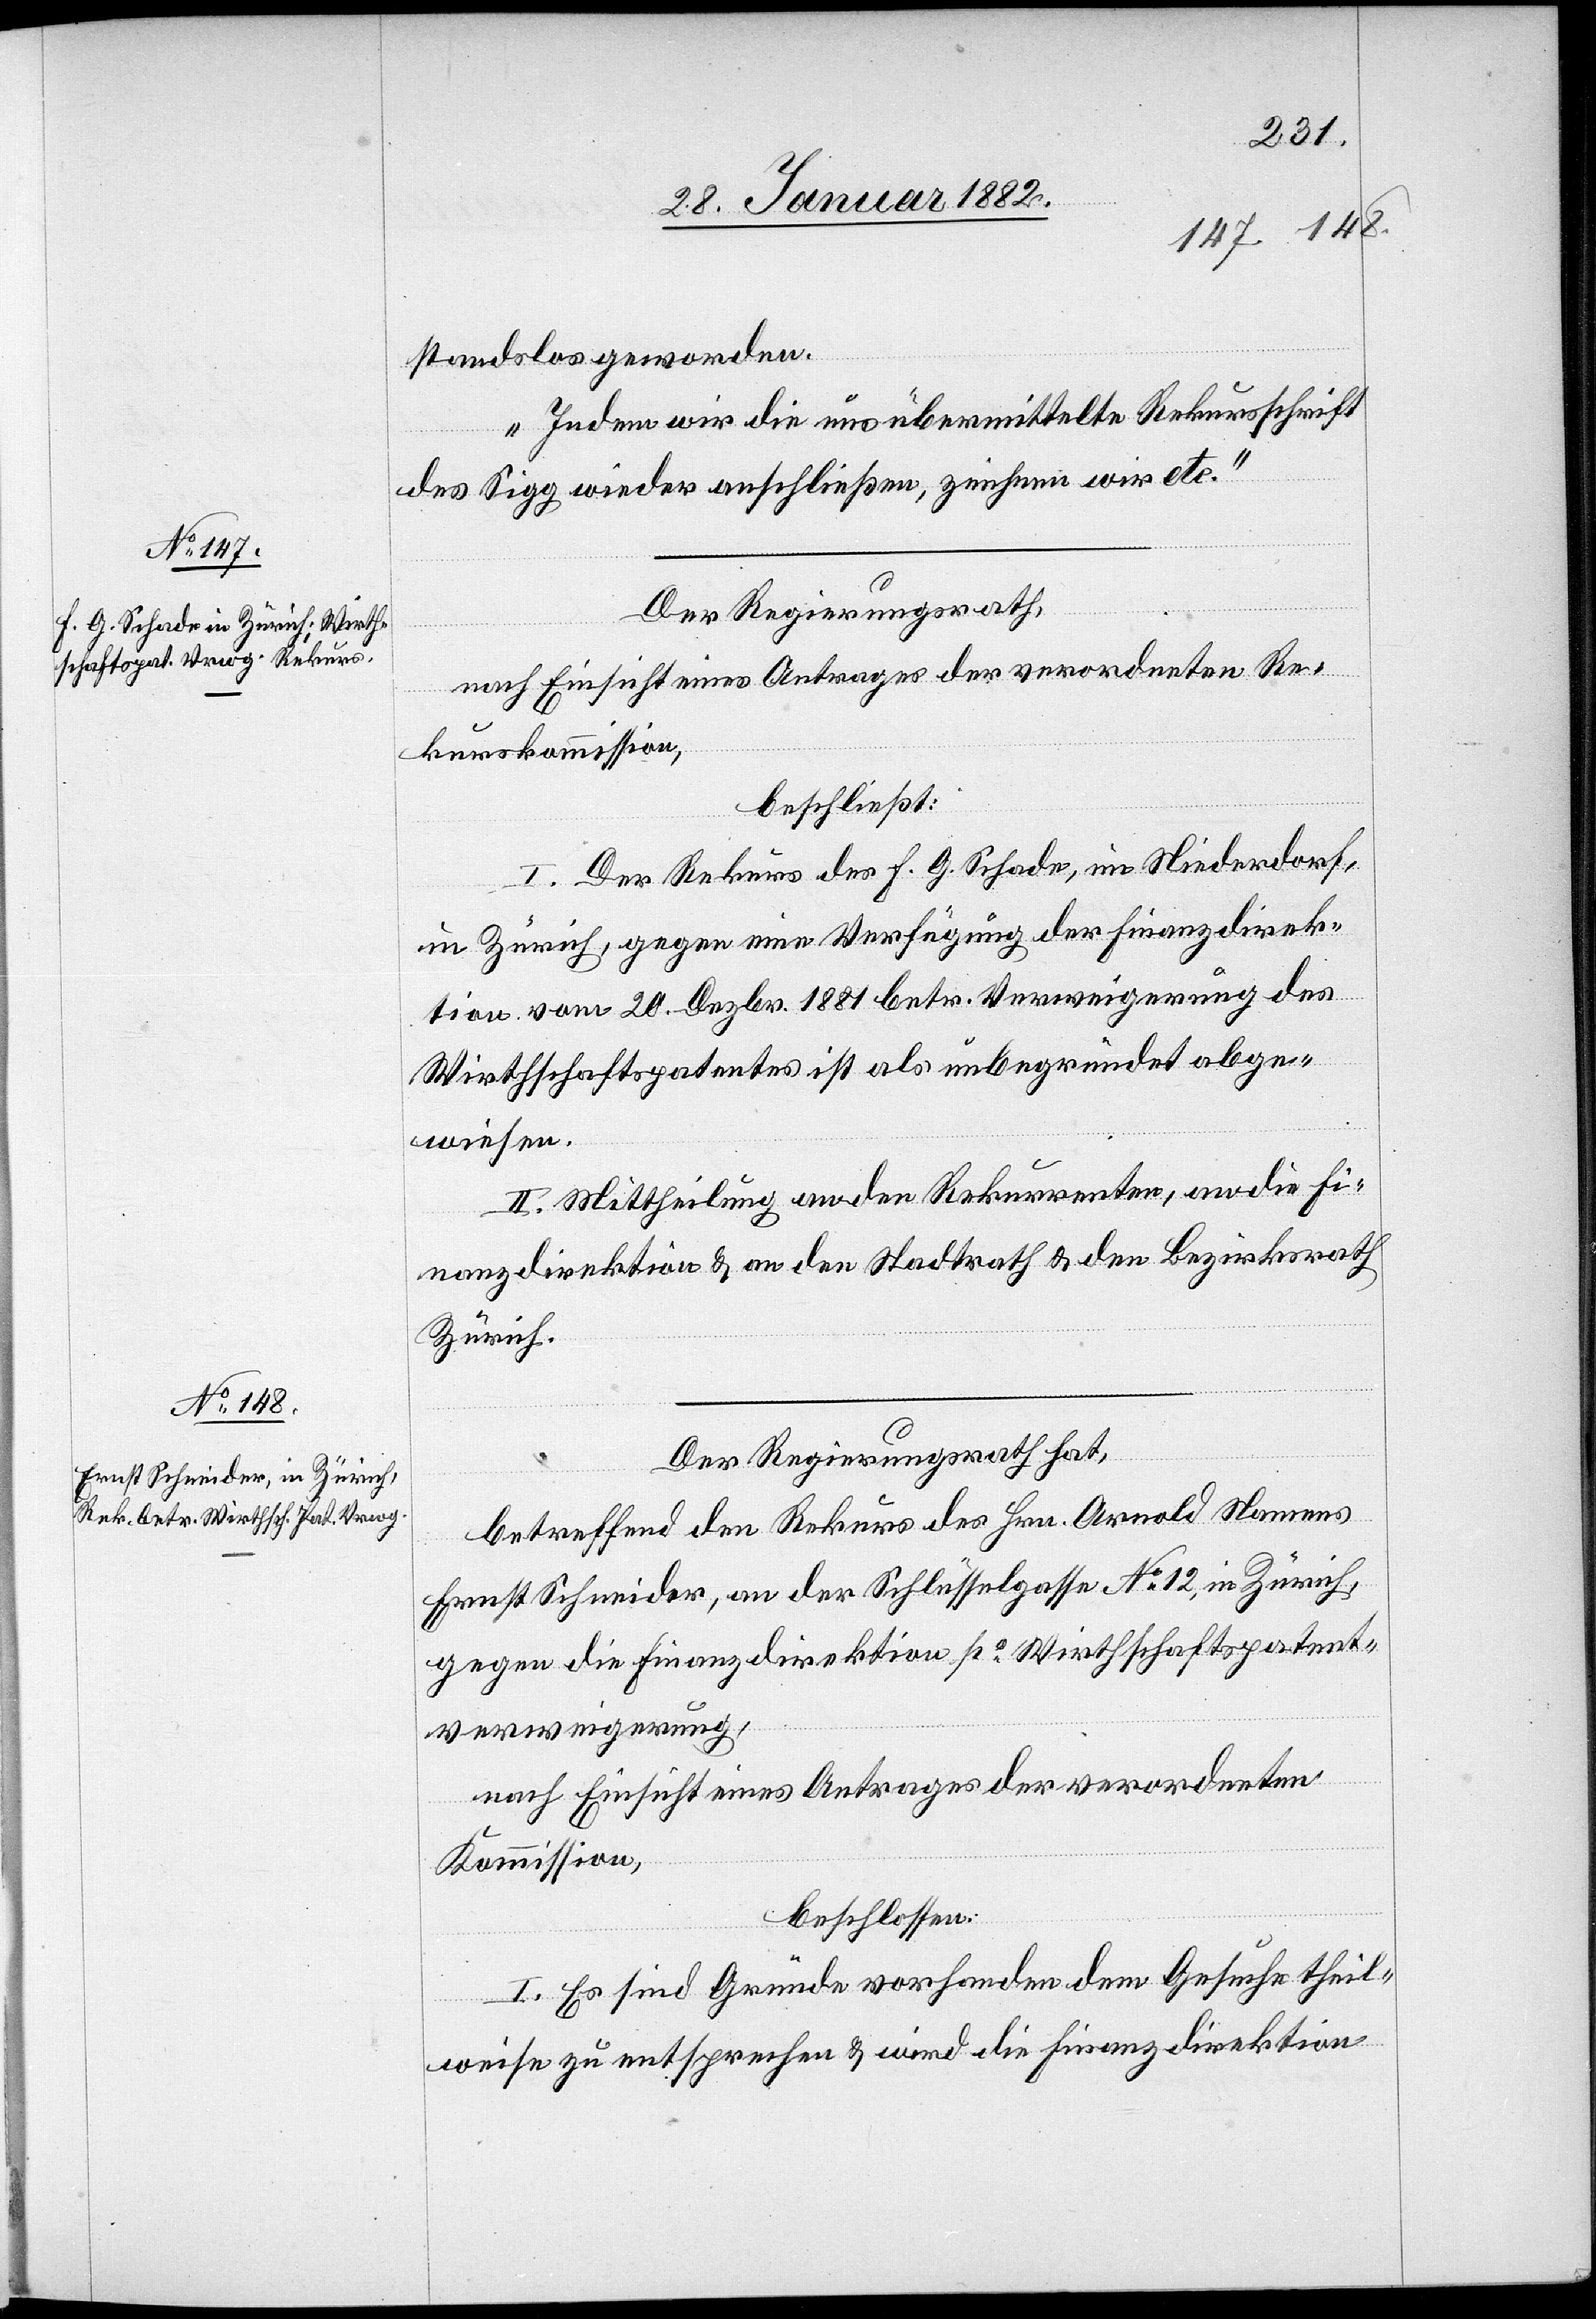
standslos geworden.
Indem wir die uns übermittelte Rekursschrift
des Sigg wieder anschließen, ziehen wir etc.“
Der Regierungsrath,
nach Einsicht eines Antrages der verordneten Re¬
kurskommission,
beschließt:
I. Der Rekurs des F. G. Schade, im Niederdorf,
in Zürich, gegen eine Verfügung der Finanzdirek¬
tion vom 20. Dezbr. 1881 betr. Verweigerung des
Wirthschaftspatentes ist als unbegründet abzu¬
weisen.
II. Mittheilung an den Rekurrenten, an die Fi¬
nanzdirektion & an den Stadtrath & den Bezirksrath
Zürich.
betreffend den Rekurs des Hrn. Arnold Namens
Ernst Schneider, an der Schlüsselgasse No 12, in Zürich,
gegen die Finanzdirektion po Wirthschaftspatent¬
verweigerung,
nach Einsicht eines Antrages der verordneten
Kommission,
beschlossen:
I. Es sind Gründe vorhanden dem Gesuche theil¬
weise zu entsprechen & wird die Finanzdirektion